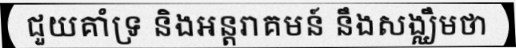
ជួយគាំទ្រ និងអន្តរាគមន៍ នឹងសង្ឈឹមថា